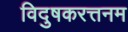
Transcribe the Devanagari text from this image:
विदुषकरत्तनम